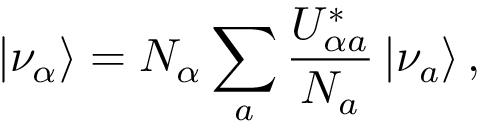
| \nu _ { \alpha } \rangle = N _ { \alpha } \sum _ { a } \frac { U _ { { \alpha } a } ^ { * } } { N _ { a } } \, | \nu _ { a } \rangle \, ,